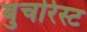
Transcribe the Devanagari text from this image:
बुचरिस्ट